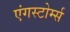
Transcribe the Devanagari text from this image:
एंगस्टोर्म्स